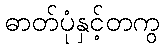
ဓာတ်ပုံနှင့်တကွ